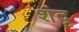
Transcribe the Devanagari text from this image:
शंदृ